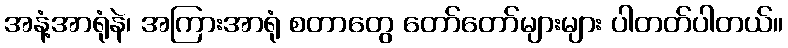
အနံ့အာရုံနဲ၊ အကြားအာရုံ စတာတွေ တော်တော်များများ ပါတတ်ပါတယ်။